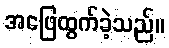
အဖြေထွက်ခဲ့သည်။